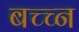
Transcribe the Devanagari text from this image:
बच्च्न